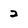
Character: 2